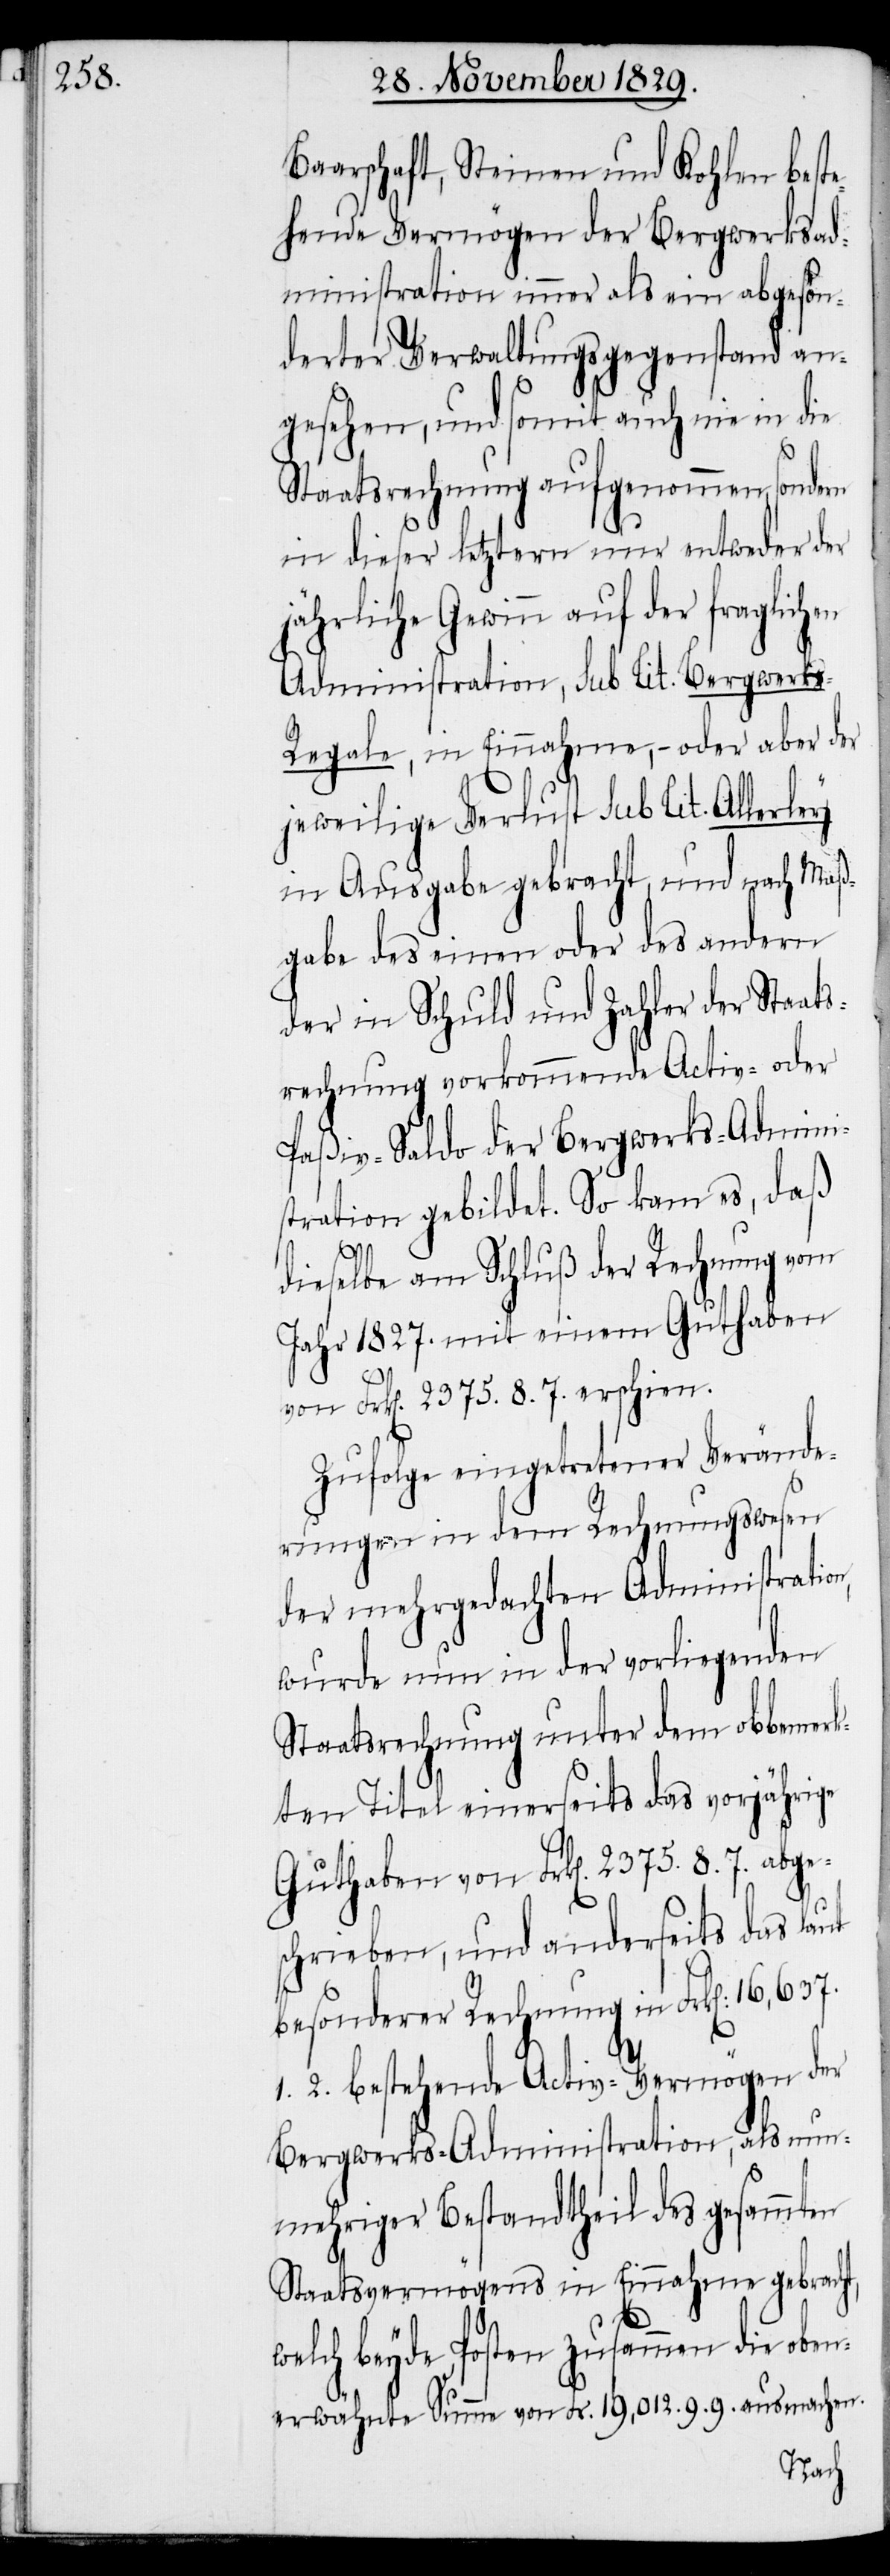
Baarschaft, Steinen und Kohlen best¬
ehende Vermögen der Bergwerksad¬
ministration immer als ein abgeson¬
derter Verwaltungsgegenstand an¬
n,
gesehen, und somit auch nie in die
Staatsrechnung aufgenommen, sondern
in dieser letztern nur entweder der
jährliche Gewinn auf der fraglichen
Administration, sub lit. Bergwerks-R¬
egale, in Einnahme, – oder aber der
jeweilige Verlust sub lit. Allerley
in Ausgabe gebracht, und nach Maß¬
gabe des einen oder des andern
der in Schuld und Zahler der Staats¬
rechnung vorkommende Activ- oder
Paßiv-Saldo der Bergwerks-Admini¬
stration gebildet. So kam es, daß
dieselbe am Schluß der Rechnung vom
Jahr 1827. mit einem Guthaben
von Frk[en]. 2375.8.7. erschien.
Zufolge eingetretener Verände¬
rungen in dem Rechnungswesen
der mehrgedachten Administratio¬
wurde nun in der vorliegenden
Staatsrechnung unter dem obbemerk¬
ten Titel einerseits das vorjährige
Guthaben von Frk[en]. 2375.8.7. abge¬
schrieben, und anderseits das laut
besonderer Rechnung in Frk[en].
bestehende Activ-Vermögen der
Bergwerks-Administration, als nun¬
mehriger Bestandtheil des gesammten
Staatsvermögens in Einnahme gebracht,
welch beyde Posten zusammen die oben¬
erwähnte Summe von Frk[en]. 19,012.9.9. ausmachen.